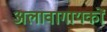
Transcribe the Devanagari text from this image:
अलावागायकों